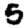
Digit: 5